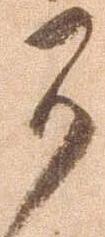
可